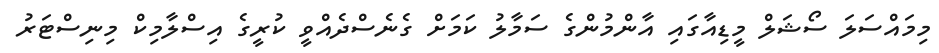
މިމައްސަލަ ސޯޝަލް މީޑިއާގައި އާންމުންގެ ސަމާލު ކަމަށް ގެނެސްދެއްވީ ކުރީގެ އިސްލާމިކް މިނިސްޓަރު